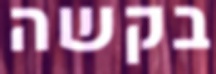
בקשה